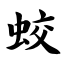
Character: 蛟